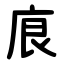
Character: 㡾